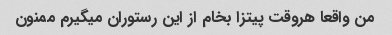
من واقعا هروقت پیتزا بخام از این رستوران میگیرم ممنون